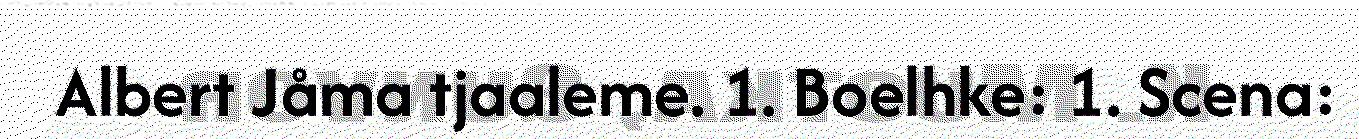
Albert Jåma tjaaleme. 1. Boelhke: 1. Scena: